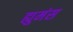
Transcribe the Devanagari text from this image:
ह्युमंस